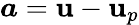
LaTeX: \boldsymbol{a}=\boldsymbol{\mathbf{u}}-\boldsymbol{\mathbf{u}}_{p}